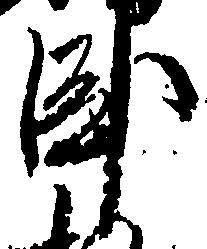
臥